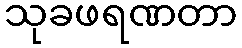
သုခဖရဏတာ